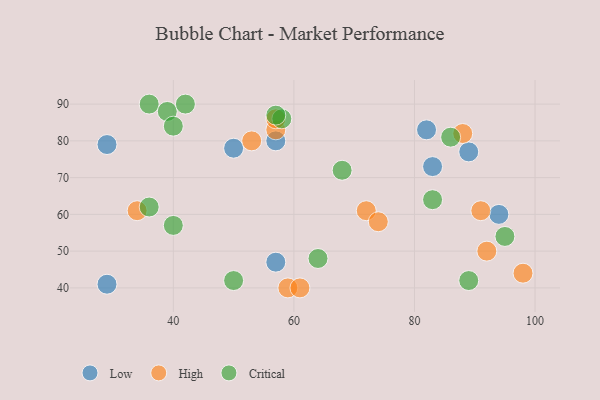
{"axis": {"x": "GDP", "y": "Life Expectancy"}, "legend": ["Critical", "High", "Low"], "data": [{"x": "50", "y": 78, "type": "Low"}, {"x": "83", "y": 73, "type": "Low"}, {"x": "29", "y": 41, "type": "Low"}, {"x": "94", "y": 60, "type": "Low"}, {"x": "82", "y": 83, "type": "Low"}, {"x": "57", "y": 47, "type": "Low"}, {"x": "29", "y": 79, "type": "Low"}, {"x": "57", "y": 80, "type": "Low"}, {"x": "89", "y": 77, "type": "Low"}, {"x": "88", "y": 82, "type": "High"}, {"x": "59", "y": 40, "type": "High"}, {"x": "91", "y": 61, "type": "High"}, {"x": "61", "y": 40, "type": "High"}, {"x": "72", "y": 61, "type": "High"}, {"x": "74", "y": 58, "type": "High"}, {"x": "57", "y": 83, "type": "High"}, {"x": "53", "y": 80, "type": "High"}, {"x": "34", "y": 61, "type": "High"}, {"x": "57", "y": 86, "type": "High"}, {"x": "92", "y": 50, "type": "High"}, {"x": "98", "y": 44, "type": "High"}, {"x": "36", "y": 90, "type": "Critical"}, {"x": "58", "y": 86, "type": "Critical"}, {"x": "36", "y": 62, "type": "Critical"}, {"x": "83", "y": 64, "type": "Critical"}, {"x": "40", "y": 57, "type": "Critical"}, {"x": "50", "y": 42, "type": "Critical"}, {"x": "68", "y": 72, "type": "Critical"}, {"x": "89", "y": 42, "type": "Critical"}, {"x": "95", "y": 54, "type": "Critical"}, {"x": "39", "y": 88, "type": "Critical"}, {"x": "64", "y": 48, "type": "Critical"}, {"x": "57", "y": 87, "type": "Critical"}, {"x": "42", "y": 90, "type": "Critical"}, {"x": "40", "y": 84, "type": "Critical"}, {"x": "86", "y": 81, "type": "Critical"}]}